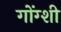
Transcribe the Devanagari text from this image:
गोंग्शी